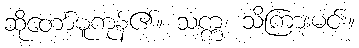
ဆိုတော်မူကုန်၏။ သက္က၊ သိကြားမင်း။